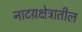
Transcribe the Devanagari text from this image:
नाटय़क्षेत्रातील